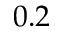
0 . 2